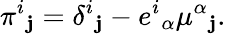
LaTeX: \pi^{i}{}_{\mathbf{j}}=\delta^{i}{}_{\mathbf{j}}-e^{i}{}_{\alpha}\mu^{\alpha}{}_{\mathbf{j}}.